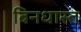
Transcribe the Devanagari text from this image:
बिनधास्तं